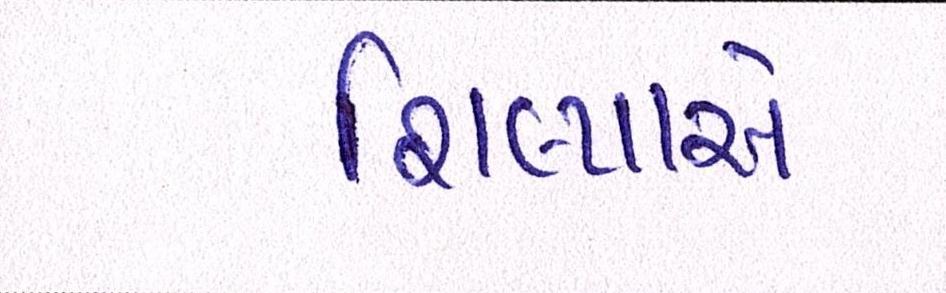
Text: શિલ્પાએ